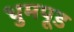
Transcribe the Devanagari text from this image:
धुमपूड